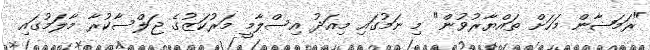
"ރަމަޟާން މަހަށް ތައްޔާރުވުން" މި ނަމުގައި މިއަދު އިސްލާމީ މަރުކަޒުގެ ޖަލްސާކުރާ މާލަމުގައި